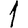
Digit: 1